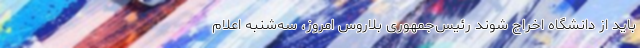
باید از دانشگاه‌ اخراج شوند رئیس‌جمهوری بلاروس امروز، سه‌شنبه اعلام